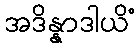
အဒိန္နာဒါယိံ